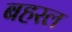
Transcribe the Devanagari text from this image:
बहरल